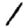
Digit: 1